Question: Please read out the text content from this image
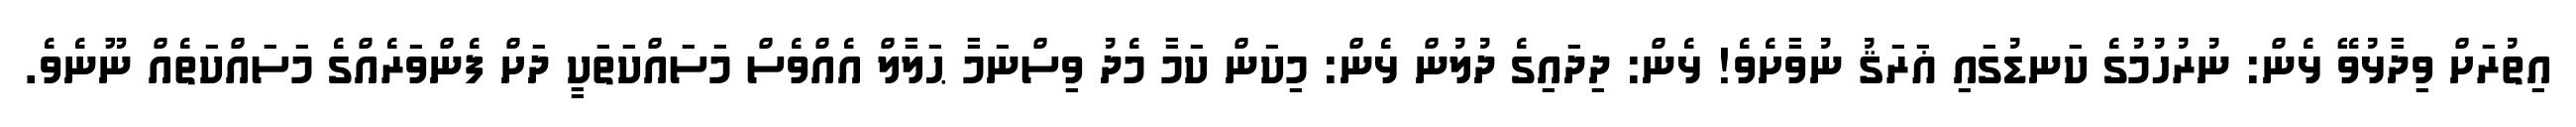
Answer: އިތުރަށް ވިދާޅުވޭ ޅެން: ނުރުހުމުގެ ކަނޑުގައި ޣަރަޤު ނުވާށެވެ! ޅެން: ދިދައިގެ ދުލުން ޅެން: މިކަން ކަމާ މެދު ވިސްނަމާ ޙަލާލް އެއްވެސް މަސައްކަތަކީ ދަށް ފެންވަރެއްގެ މަސައްކަތެއް ނޫނެވެ.